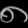
Digit: ၈